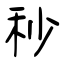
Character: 秒